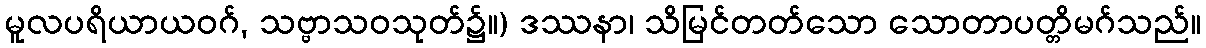
မူလပရိယာယဝဂ်, သဗ္ဗာသဝသုတ်၌။) ဒဿနာ၊ သိမြင်တတ်သော သောတာပတ္တိမဂ်သည်။